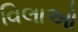
વિલાઓ